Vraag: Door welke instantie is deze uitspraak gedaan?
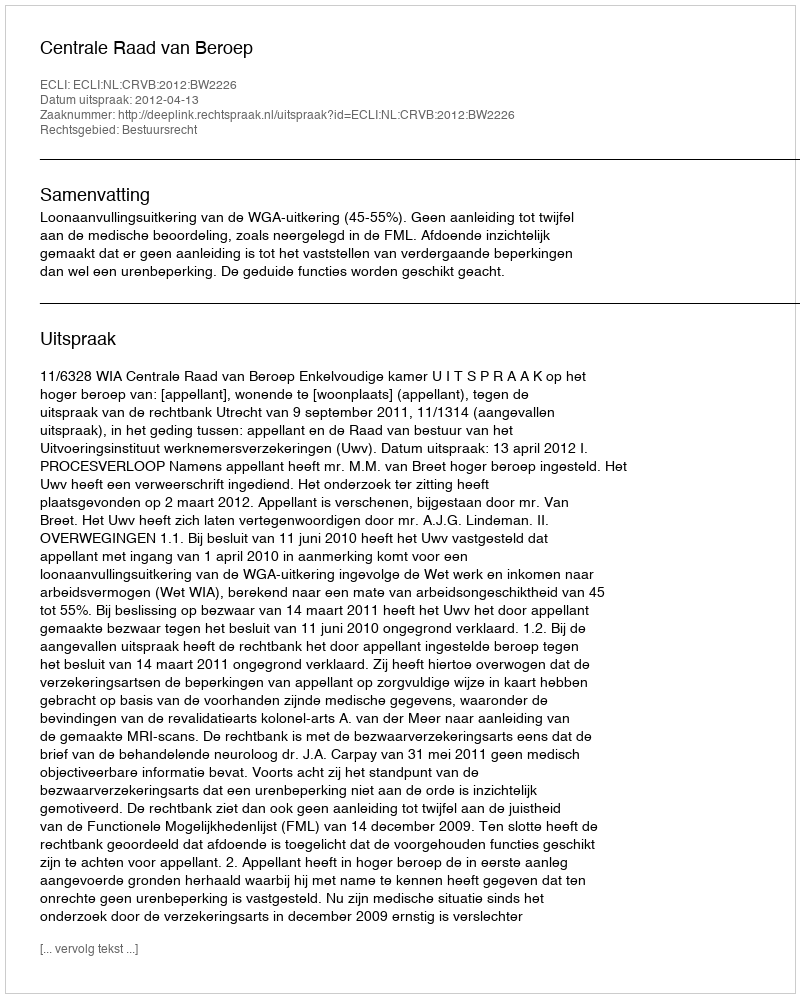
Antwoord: Centrale Raad van Beroep